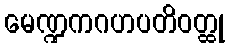
မေဏ္ဍကဂဟပတိဝတ္ထု